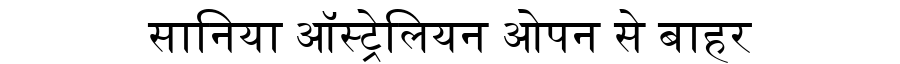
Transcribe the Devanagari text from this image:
सानिया ऑस्ट्रेलियन ओपन से बाहर